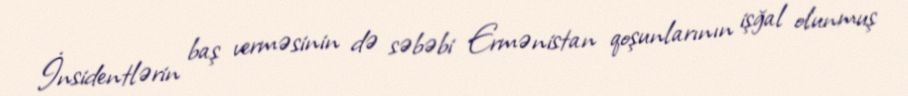
İnsidentlərin baş verməsinin də səbəbi Ermənistan qoşunlarının işğal olunmuş